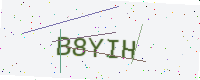
Text: B8YIH